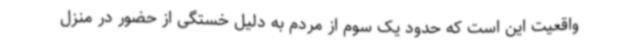
واقعیت این است که حدود یک سوم از مردم به دلیل خستگی از حضور در منزل